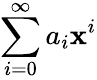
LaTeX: \sum_{i=0}^{\infty}a_{i}\mathbf{x}^{i}